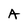
Character: A